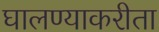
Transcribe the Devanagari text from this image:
घालण्याकरीता